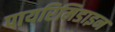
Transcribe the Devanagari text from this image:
पायरिमिडाइन